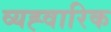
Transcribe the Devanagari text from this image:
व्यह्वारिक